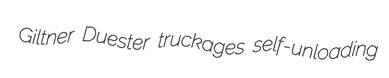
Giltner Duester truckages self-unloading